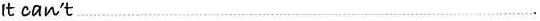
lt can't …………